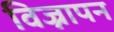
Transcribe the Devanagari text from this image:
विज्नापन